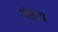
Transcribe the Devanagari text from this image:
श्रेष्ठाय